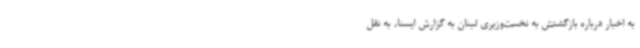
به اخبار درباره بازگشتش به نخست‌وزیری لبنان به گزارش ایسنا، به نقل